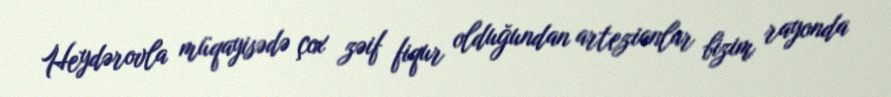
Heydərovla müqayisədə çox zəif fiqur olduğundan artezianlar bizim rayonda